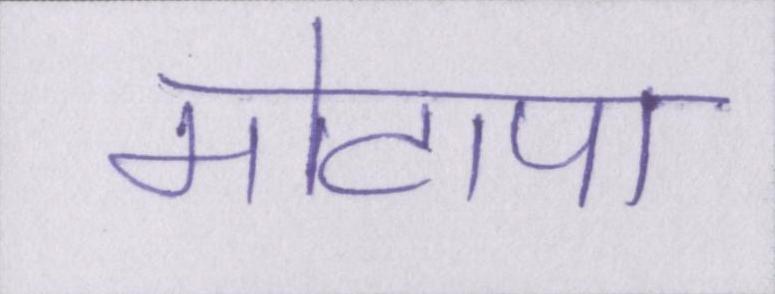
मोटापा